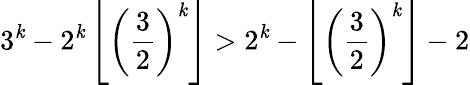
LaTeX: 3^{\mathit{k}}-2^{\mathit{k}}\left\lfloor\left({\frac{{3}}{{2}}}\right)^{\mathit{k}}\right\rfloor>2^{\mathit{k}}-\left\lfloor\left({\frac{{3}}{{2}}}\right)^{\mathit{k}}\right\rfloor-2